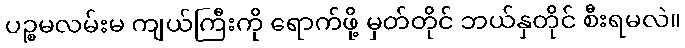
ပဉ္စမလမ်းမ ကျယ်ကြီးကို ရောက်ဖို့ မှတ်တိုင် ဘယ်နှတိုင် စီးရမလဲ။